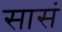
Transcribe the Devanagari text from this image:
सासं